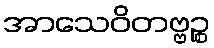
အာသေဝိတဗ္ဗဉ္စ